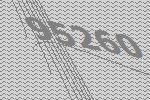
95260